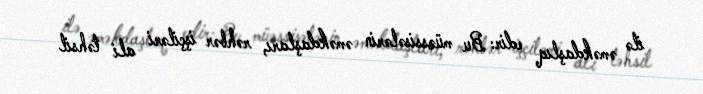
ilə əməkdaşlıq edir: Bu müəssisələrin əməkdaşları, rəhbər işçiləri ali təhsil